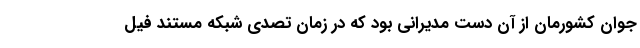
جوان کشورمان از آن دست مدیرانی بود که در زمان تصدی شبکه مستند فیل